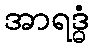
အာရဒ္ဓံ